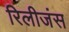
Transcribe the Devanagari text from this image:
रिलीजंस